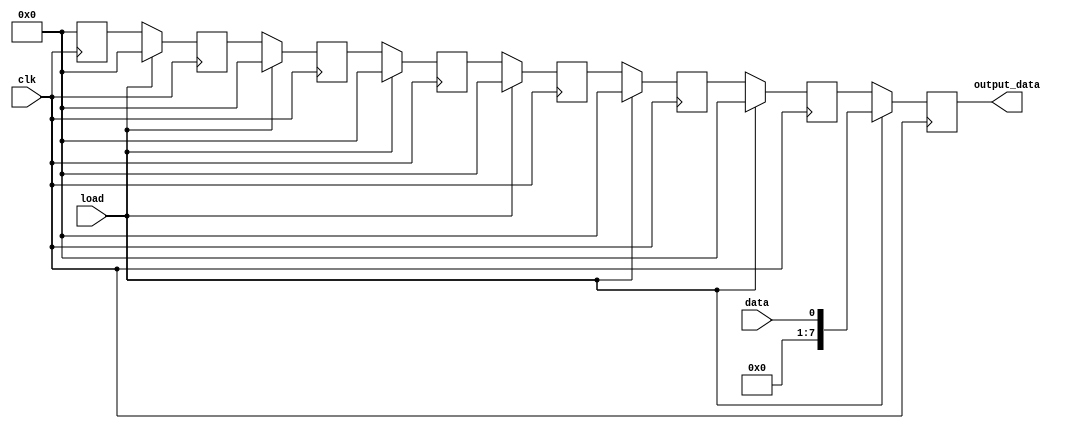
module shift_register (
  input clk,
  input load,
  input data,
  output reg [7:0] output_data
);

reg [7:0] reg0, reg1, reg2, reg3, reg4, reg5, reg6, reg7;

always @(posedge clk) begin
  if (load) begin
    reg0 <= data;
    reg1 <= 0;
    reg2 <= 0;
    reg3 <= 0;
    reg4 <= 0;
    reg5 <= 0;
    reg6 <= 0;
    reg7 <= 0;
  end else begin
    reg0 <= reg1;
    reg1 <= reg2;
    reg2 <= reg3;
    reg3 <= reg4;
    reg4 <= reg5;
    reg5 <= reg6;
    reg6 <= reg7;
    reg7 <= 0;
  end
end

assign output_data = {reg7, reg6, reg5, reg4, reg3, reg2, reg1, reg0};

endmodule